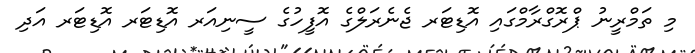
މި ތަމްރީނު ޕްރޮގްރާމްގައި އޮޑިޓަރ ޖެނެރަލްގެ އޮފީހުގެ ސީނިއަރ އޮޑިޓަރ އޮޑިޓަރ އަދި